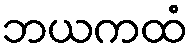
ဘယကထံ